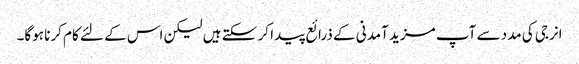
انرجی کی مدد سے آپ مزید آمدنی کے ذرائع پیدا کر سکتے ہیں لیکن اس کے لئے کام کرنا ہوگا۔